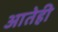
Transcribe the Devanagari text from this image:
आतेही